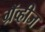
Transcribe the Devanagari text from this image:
ग्रॅव्हीज